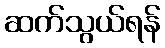
ဆက်သွယ်ရန်